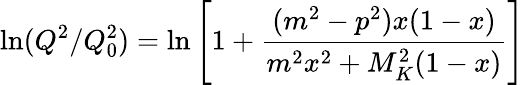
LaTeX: \ln(Q^{2}/Q_{0}^{2})=\ln\left[1+\frac{(m^{2}-p^{2})x(1-x)}{m^{2}x^{2}+M_{K}^{2}(1-x)}\right]